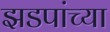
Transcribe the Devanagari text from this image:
झडपांच्या